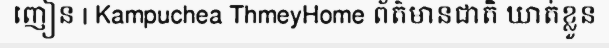
ញៀន | Kampuchea ThmeyHome ព័ត៌មានជាតិ ឃាត់ខ្លួន